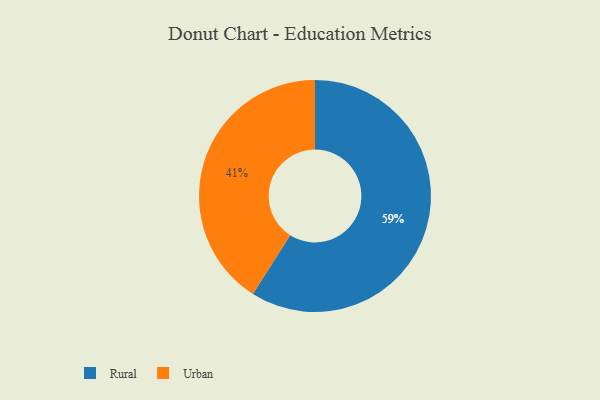
{"axis": {"x": "Category", "y": "Percentage"}, "legend": ["Rural", "Urban"], "data": [{"x": "Urban", "y": 41, "type": "Urban"}, {"x": "Rural", "y": 59, "type": "Rural"}]}